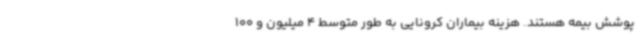
پوشش بیمه هستند. هزینه بیماران کرونایی به‌ طور متوسط 4 میلیون و 100